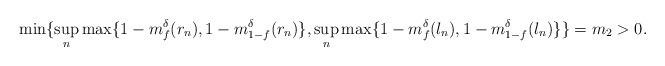
LaTeX: \begin{align*}\min\{\sup_n \max\{1-m_f^{\delta}(r_n),1-m_{1-f}^{\delta}(r_n)\},\sup_n \max\{1-m_f^{\delta}(l_n),1-m_{1-f}^{\delta}(l_n)\}\}=m_2>0.\end{align*}